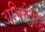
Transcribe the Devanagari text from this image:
अभिनेत्रीहैं